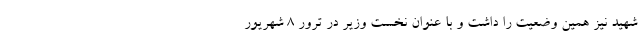
شهید نیز همین وضعیت را داشت و با عنوان نخست وزیر در ترور 8 شهریور